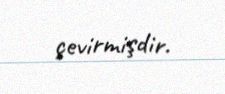
çevirmişdir.